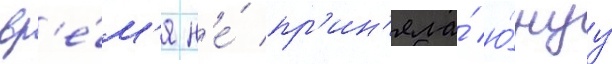
вр'е́м'я н'е́ пр'ин'яла́ ю́нуу